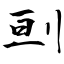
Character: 刯